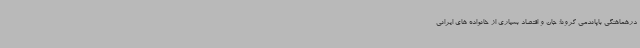
درهماهنگی باپاندمی کرونا؛ جان و اقتصاد بسیاری از خانواده های ایرانی